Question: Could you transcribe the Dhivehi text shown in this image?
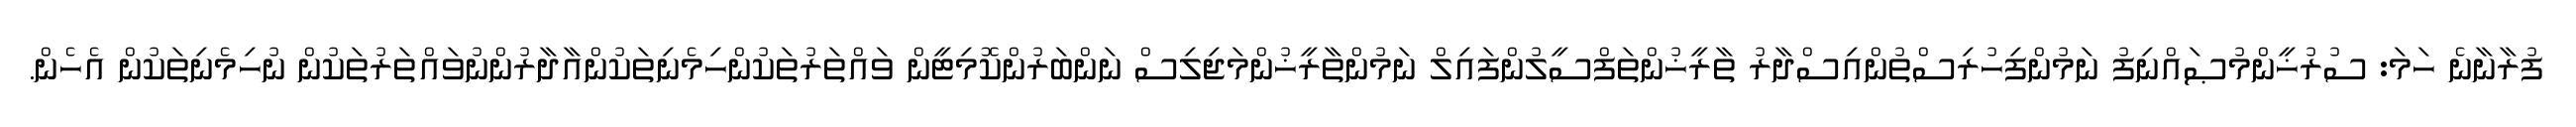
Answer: ފުރާނާނެ ހަމަ: ސުރުޚީންމުޞައްނިފު ނަމުންފިހުރިސްތުންއިސްދާރު ތާރީޚުންތަފްސީލުންފައިލް ނަމުންތާރީޚުންމަޖިލިސް ނަންބަރުންކޮމިޓީން ވައްތަރުތަކުންހިމެނިތަކުންއާދާރުންނުވައްތަރުތަކުން ނުހިމެނިތަކުން އެހެން.